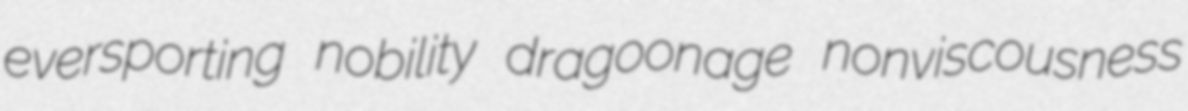
eversporting nobility dragoonage nonviscousness